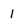
Character: 1